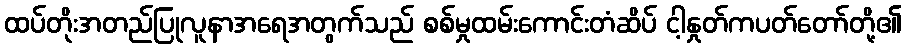
ထပ်တိုးအတည်ပြုလူနာအရေအတွက်သည် စစ်မှုထမ်းကောင်းတံဆိပ် ငါ့နှုတ်ကပတ်တော်တို့၏